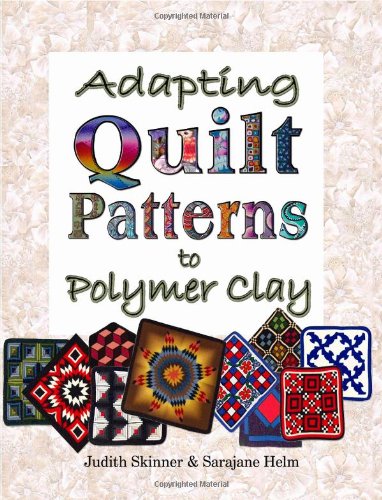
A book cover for Adapting Quilt Patterns to Polymer Clay; Judith Skinner; Crafts, Hobbies & Home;